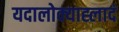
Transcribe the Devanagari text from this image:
यदालोक्याह्लादं